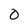
Character: 0